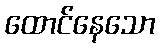
ထောင်နေသော